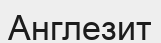
Англезит